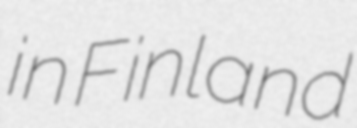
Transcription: in Finland